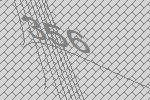
356